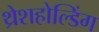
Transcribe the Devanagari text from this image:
थ्रेशहोल्डिंग